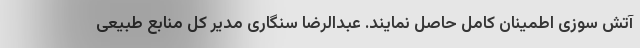
آتش سوزی اطمینان کامل حاصل نمایند. عبدالرضا سنگاری مدیر کل منابع طبیعی